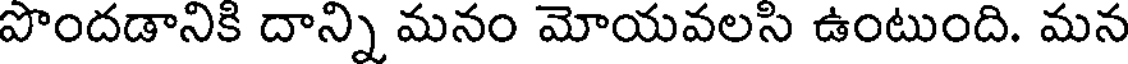
పొందడానికి దాన్ని మనం మోయవలసి ఉంటుంది. మన